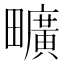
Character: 𤳱